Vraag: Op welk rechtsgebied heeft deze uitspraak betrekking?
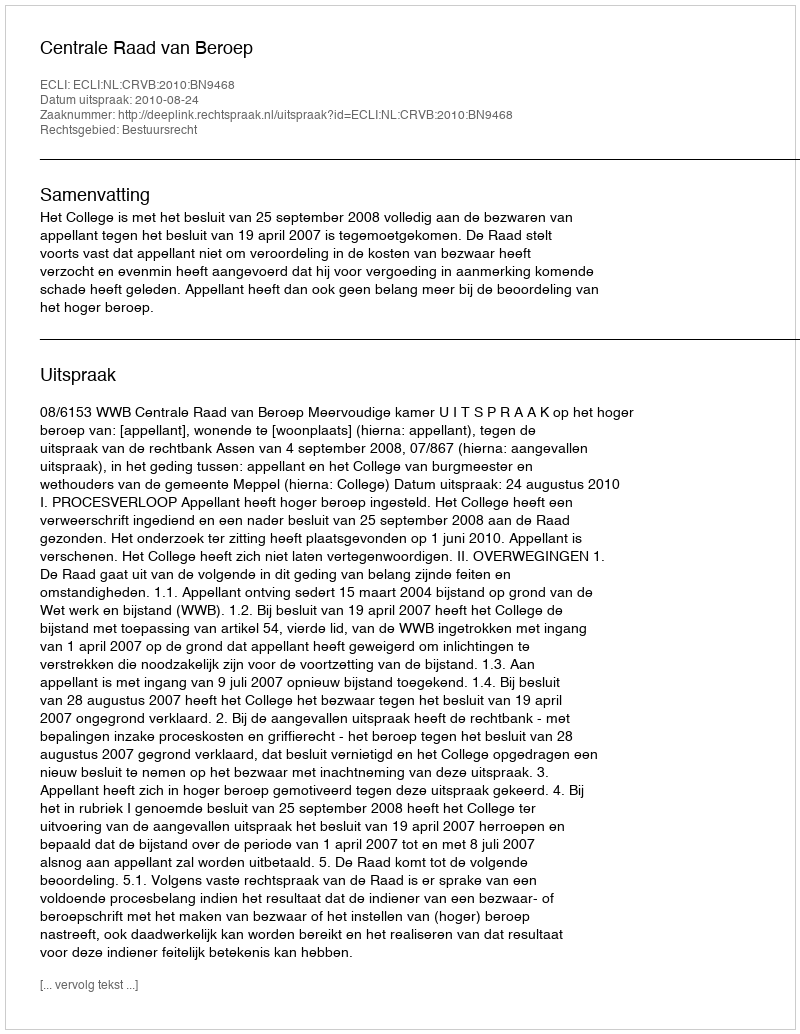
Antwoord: Bestuursrecht